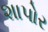
શાપોર